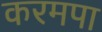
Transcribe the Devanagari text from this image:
करमपा